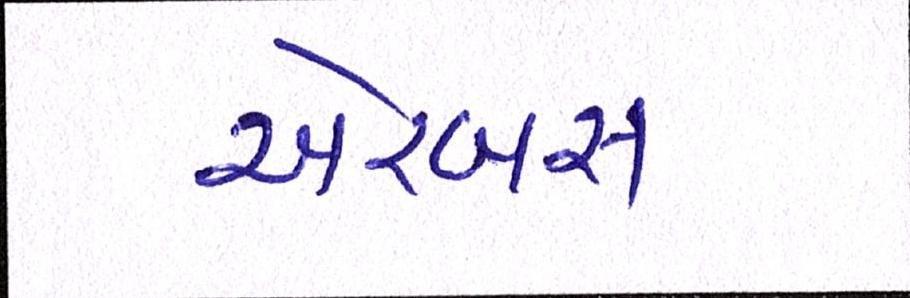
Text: એરબસ